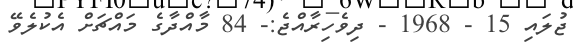
ޖުލައި 15 - 1968 - ދިވެހިރާއްޖެ:- 84 މާއްދާގެ މައްޗަށް އެކުލެވޭ